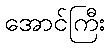
အောင်ကြီး